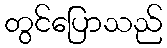
တွင်ပြောသည်